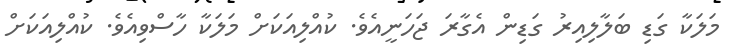
މަލަކާ ގަޑި ބަލާލިއިރު ގަޑިން އެގާރަ ޖަހަނީއެވެ. ކުއްލިއަކަށް މަލަކާ ހާސްވިއެވެ. ކުއްލިއަކަށް